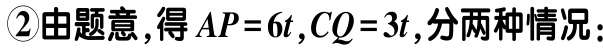
\textcircled{2}由题意,得 \(AP = 6t,CQ = 3t\),分两种情况：